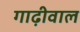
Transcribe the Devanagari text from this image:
गाढ़ीवाल